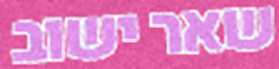
שאר ישוב